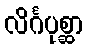
လိင်္ဂပုစ္ဆာ